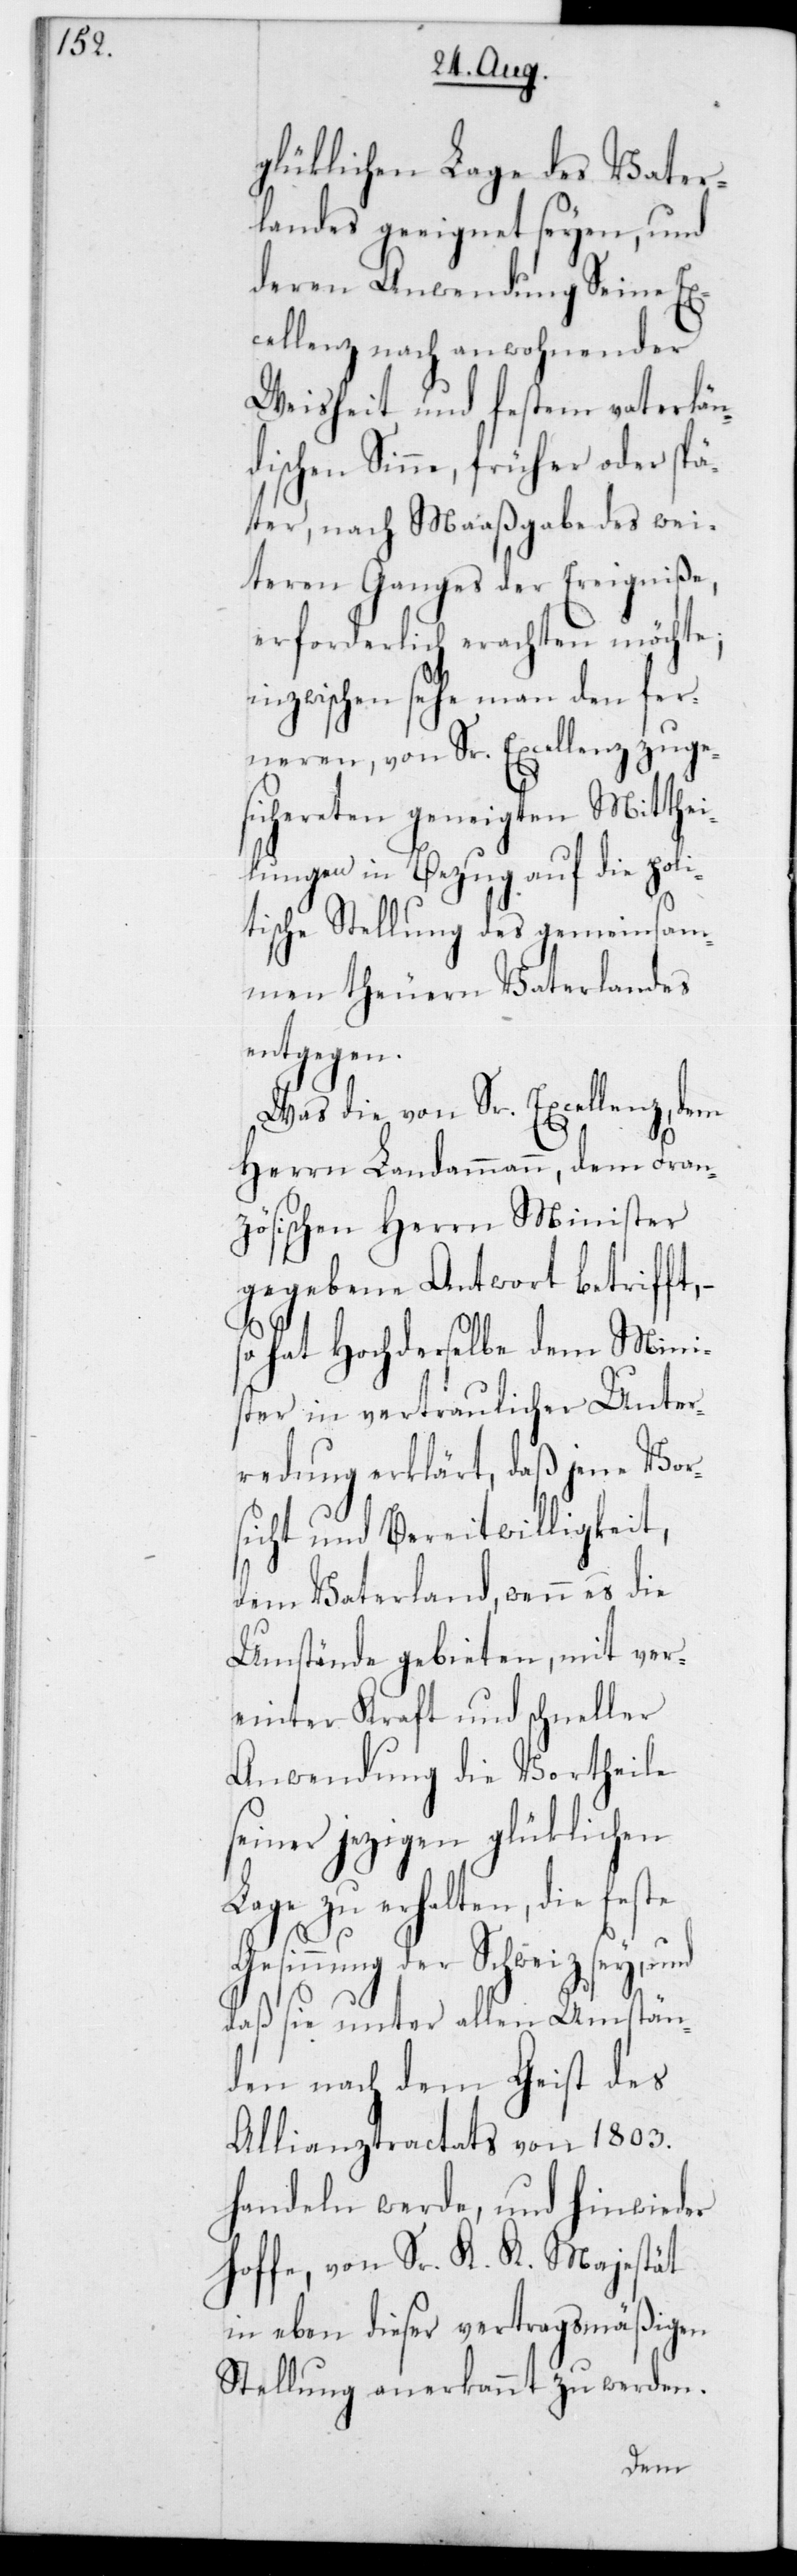
glücklichen Lage des Vater¬
landes geeignet seyen, und
deren Anwendung Seine Ex¬
cellenz nach anwohnender
Weisheit und festem vaterlän¬
dischen Sinne, früher oder spä¬
ter, nach Maaßgabe des wei¬
teren Ganges der Ereigniße,
erforderlich erachten möchte;
inzwischen sehe man den fer¬
neren, von Sr. Excellenz zuge¬
sichereten geneigten Mitthei¬
lungen in Bezug auf die poli¬
tische Stellung des gemeinsa¬
men theuren Vaterlandes
entgegen.
Was die von Sr. Excellenz,dem
Herrn Landammann, dem Fran¬
zösischen Herrn Minister
gegebene Antwort betrifft,
hat Hochderselbe dem Mini¬
ster in vertraulicher Unter¬
redung erklärt, daß jene Vor¬
sicht und Bereitwilligkeit,
dem Vaterland, wenn es die
Umstände gebieten, mit ver¬
einter Kraft und schneller
Anwendung die Vortheile
seiner jezigen glücklichen
Lage zu erhalten, die feste
Gesinnung der Schweiz sey, und
daß sie unter allen Umstän¬
den nach dem Geist des
Allianztractats von 1803
handeln werde, und hinwieder
hoffe, von Sr. K. K. Majestät
in eben dieser vertragsmäßigen
Stellung anerkannt zu werden.